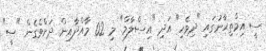
ސީ އިމްތިޙާނުގައި "ދިވެހި" އަދި "އިސްލާމް" މި 02 މާއްދާއިން ދަށްވެގެން "ސީ"